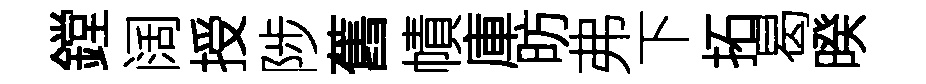
鏜阔授陟舊幘庫昉弗下拓曷暌